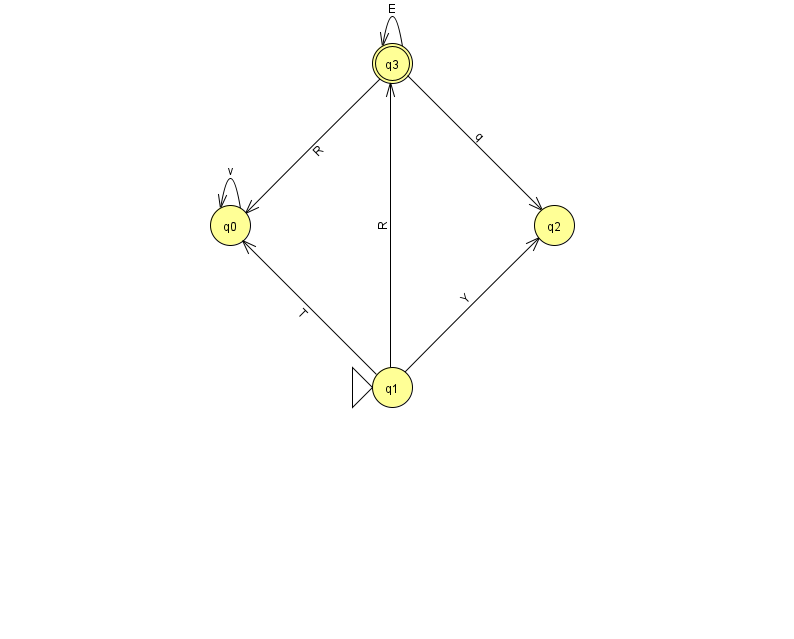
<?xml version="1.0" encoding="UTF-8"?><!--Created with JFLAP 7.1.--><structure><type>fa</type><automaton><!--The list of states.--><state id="0" name="q0"><x>230.0</x><y>212.0</y></state><state id="1" name="q1"><x>392.0</x><y>374.0</y><initial/></state><state id="2" name="q2"><x>554.0</x><y>212.0</y></state><state id="3" name="q3"><x>392.0</x><y>50.0</y><final/></state><!--The list of transitions.--><transition><from>1</from><to>2</to><read>Y</read></transition><transition><from>3</from><to>2</to><read>q</read></transition><transition><from>3</from><to>3</to><read>E</read></transition><transition><from>0</from><to>0</to><read>v</read></transition><transition><from>1</from><to>0</to><read>T</read></transition><transition><from>3</from><to>0</to><read>R</read></transition><transition><from>1</from><to>3</to><read>R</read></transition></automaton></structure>